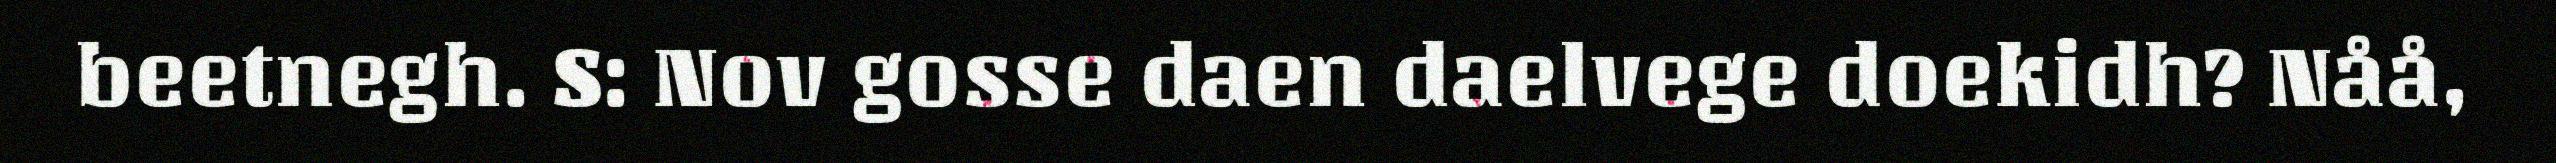
beetnegh. S: Nov gosse daen daelvege doekidh? Nåå,